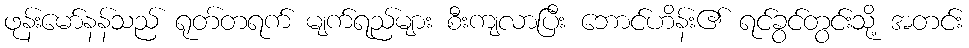
ဖုန်းမော်နန်သည် ရုတ်တရက် မျက်ရည်များ စီးကျလာပြီး ဘောင်ဟိန်း၏ ရင်ခွင်တွင်းသို့ အတင်း